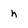
Character: h